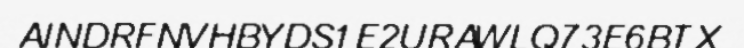
AINDRFNVHBYDS1E2URAWLQ73E6BTX